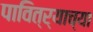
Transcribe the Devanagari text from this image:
पावित्र्याच्या